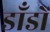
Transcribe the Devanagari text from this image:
डाँडों